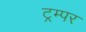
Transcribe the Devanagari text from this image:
ट्रम्पर